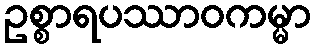
ဥစ္စာရပဿာဝကမ္မာ